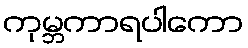
ကုမ္ဘကာရပါကော